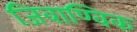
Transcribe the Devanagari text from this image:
जिवाण्विक